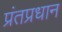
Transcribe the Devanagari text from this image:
प्रंतप्रधान